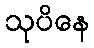
သုပိနေ